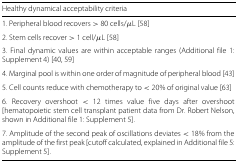
| Healthy dynamical acceptability criteria |
 | --- |
 | 1. Peripheral blood recovers > 80 cells/ μL [58] |
 | 2. Stem cells recover > 1 cell/ μL [58] |
 | 3. Final dynamic values are within acceptable ranges (Additional file 1: Supplement 4) [40, 59] |
 | 4. Marginal pool is within one order of magnitude of peripheral blood [43] |
 | 5. Cell counts reduce with chemotherapy to < 20% of original value [63] |
 | 6. Recovery overshoot < 12 times value five days after overshoot [hematopoietic stem cell transplant patient data from Dr. Robert Nelson, shown in Additional file 1: Supplement 5]. |
 | 7. Amplitude of the second peak of oscillations deviates < 18% from the amplitude of the first peak [cutoff calculated, explained in Additional file 5: Supplement 5]. |